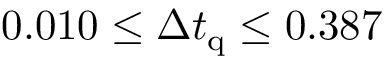
0 . 0 1 0 \leq \Delta t _ { \mathrm { q } } \leq 0 . 3 8 7